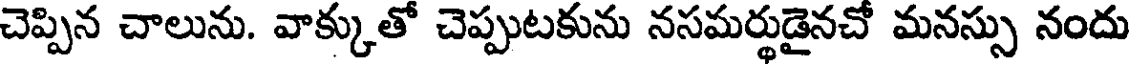
చెప్పిన చాలును. వాక్కుతో చెప్పుటకును నసమర్థుడైనచో మనస్సు నందు